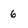
Character: 6